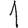
Digit: 1